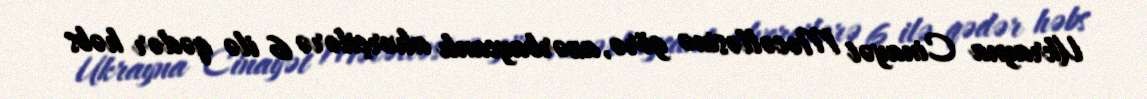
Ukrayna Cinayət Məcəlləsinə görə, azərbaycanlı alverçilərə 6 ilə qədər həbs